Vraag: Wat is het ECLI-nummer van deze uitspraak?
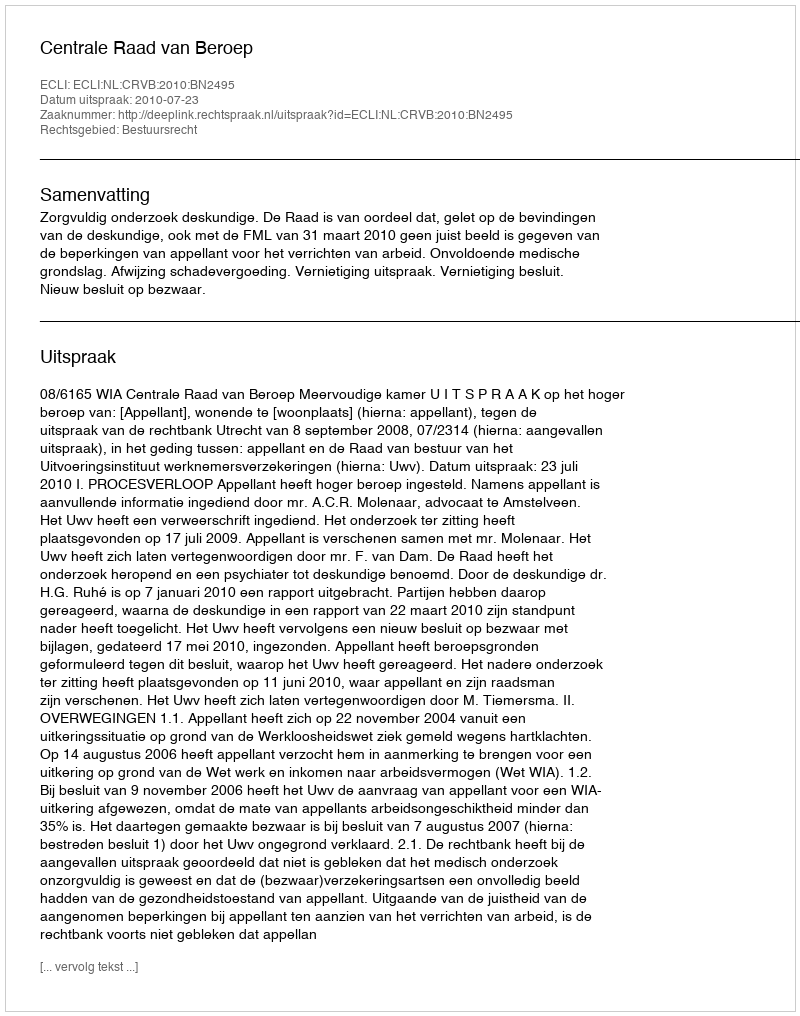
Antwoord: ECLI:NL:CRVB:2010:BN2495